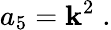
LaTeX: a_{5}=\mathbf{k}^{2}\; .